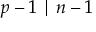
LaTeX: p - 1 \mid n - 1